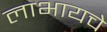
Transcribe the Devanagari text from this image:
लाभायचे